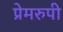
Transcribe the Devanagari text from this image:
प्रेमरुपी